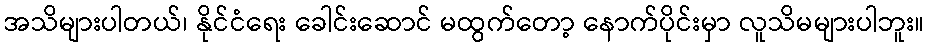
အသိများပါတယ်၊ နိုင်ငံရေး ခေါင်းဆောင် မထွက်တော့ နောက်ပိုင်းမှာ လူသိမများပါဘူး။